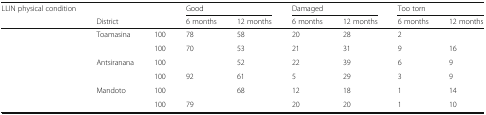
<table><thead><tr><td><b>LLIN physical condition</b></td><td>[EMPTY_CELL]</td><td>[EMPTY_CELL]</td><td colspan="2"><b>Good</b></td><td colspan="2"><b>Damaged</b></td><td colspan="2"><b>Too torn</b></td></tr><tr><td>[EMPTY_CELL]</td><td><b>District</b></td><td>[EMPTY_CELL]</td><td><b>6 months</b></td><td><b>12 months</b></td><td><b>6 months</b></td><td><b>12 months</b></td><td><b>6 months</b></td><td><b>12 months</b></td></tr></thead><tbody><tr><td rowspan="2">[EMPTY_CELL]</td><td>Toamasina</td><td>100</td><td>78</td><td>58</td><td>20</td><td>28</td><td>2</td><td>[EMPTY_CELL]</td></tr><tr><td>[EMPTY_CELL]</td><td>100</td><td>70</td><td>53</td><td>21</td><td>31</td><td>9</td><td>16</td></tr><tr><td rowspan="2">[EMPTY_CELL]</td><td>Antsiranana</td><td>100</td><td>[EMPTY_CELL]</td><td>52</td><td>22</td><td>39</td><td>6</td><td>9</td></tr><tr><td>[EMPTY_CELL]</td><td>100</td><td>92</td><td>61</td><td>5</td><td>29</td><td>3</td><td>9</td></tr><tr><td rowspan="2">[EMPTY_CELL]</td><td>Mandoto</td><td>100</td><td>[EMPTY_CELL]</td><td>68</td><td>12</td><td>18</td><td>1</td><td>14</td></tr><tr><td>[EMPTY_CELL]</td><td>100</td><td>79</td><td>[EMPTY_CELL]</td><td>20</td><td>20</td><td>1</td><td>10</td></tr></tbody></table>